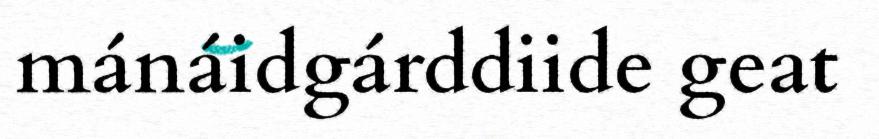
mánáidgárddiide geat